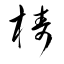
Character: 梼